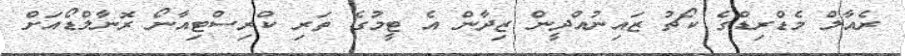
ރެއާލް މެޑްރިޑްގެ ކޯޗު ޒައިނުއްދީން ޒިދާން އެ ޓީމުގެ ތަރި ކްރިސްޓިއާނޯ ރޮނާލްޑޯއަށް